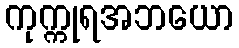
ကုက္ကုရအဘယော